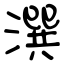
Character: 潠